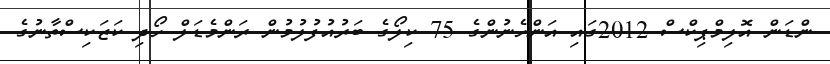
ންޑަން އޮލިމްޕިކްސް 2012ގައި އަންހެނުންގެ 75 ކިލޯގެ ބަރުއުފުލުމުން ރަންމެޑަލް ހޯދި ކަޒަކިސްތާނުގެ